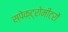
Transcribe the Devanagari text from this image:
स्पेक्ट्रोमीटरों